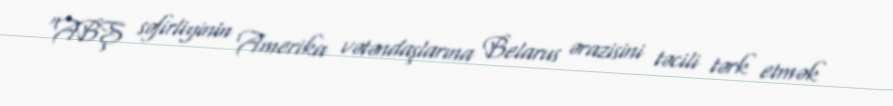
“ABŞ səfirliyinin Amerika vətəndaşlarına Belarus ərazisini təcili tərk etmək